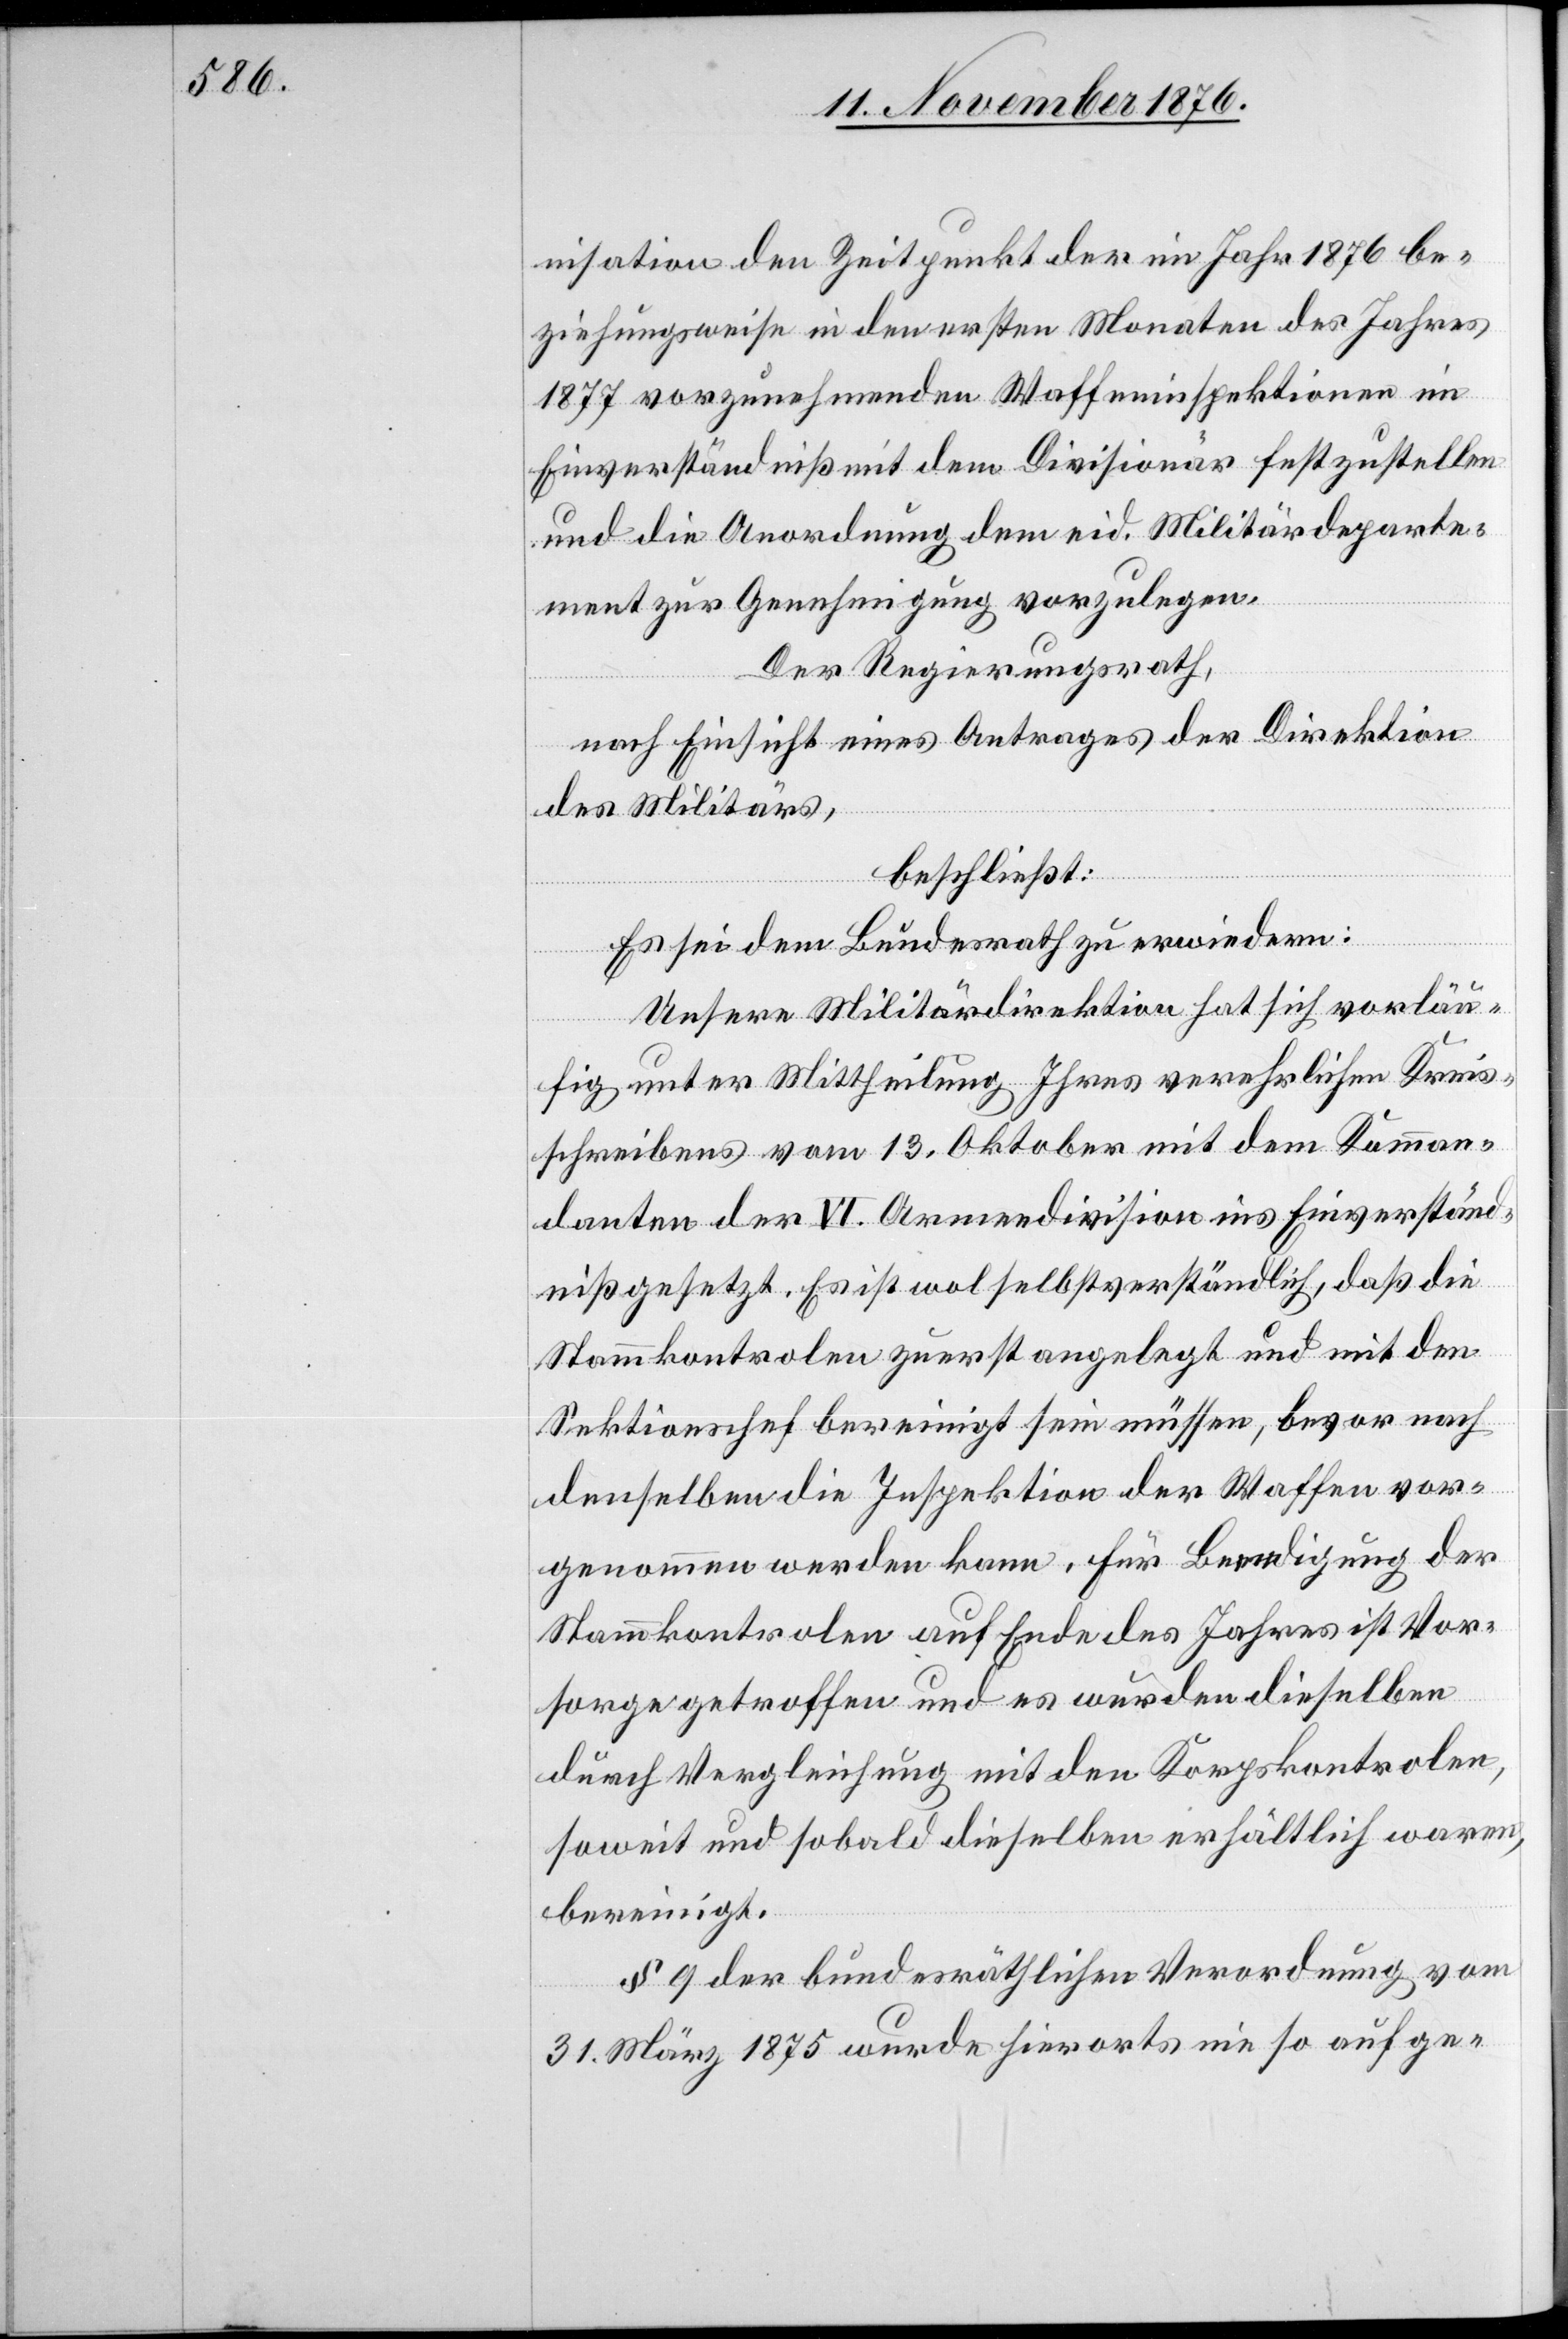
nisation der Zeitpunkt der im Jahr 1876 be¬
ziehungsweise in den ersten Monaten des Jahres
1877 vorzunehmenden Wasserinspektionen im
Einverständniß mit dem Divisionär festzustellen
und die Anordnung dem eid. Militärdeparte¬
ment zur Genehmigung vorzulegen.
Der Regierungsrath,
nach Einsicht eines Antrages der Direktion
des Militärs,
beschließt:
Unsere Militärdirektion hat sich vorläu¬
fig unter Mittheilung Ihres verehrlichen Kreis¬
schreibens vom 13. Oktober mit dem Komman¬
danten der VI. Armeedivision ins Einverständ¬
niß gesetzt. Es ist wol selbstverständlich, daß die
Stammkontrolen zuerst angelegt und mit den
Sektionschef[s] bereinigt sein müssen, bevor nach
denselben die Inspektion der Waffen vor¬
genommen werden kann. Für Bedingung der
Stammkontrolen auf Ende des Jahres ist Vor¬
sorge getroffen und es wurden dieselben
durch Vergleichung mit den Korpskontrolen,
soweit und sobald dieselben erhältlich waren,
bereinigt.
§ 9 der bundesräthlichen Verordnung vom
31. März 1875 wurde hierorts nie so aufge-